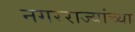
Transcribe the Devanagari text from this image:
नगरराज्यांच्या